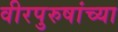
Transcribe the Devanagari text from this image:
वीरपुरुषांच्या